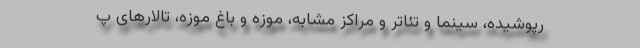
رپوشیده، سینما و تئاتر و مراکز مشابه، موزه و باغ موزه، تالارهای پ